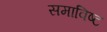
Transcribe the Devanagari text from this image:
समाविष्‍ट